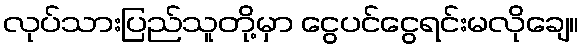
လုပ်သားပြည်သူတို့မှာ ငွေပင်ငွေရင်းမလိုချေ။